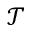
\mathcal { T }